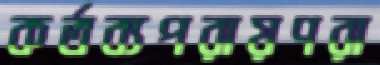
কর্তব্যপরায়ণরা